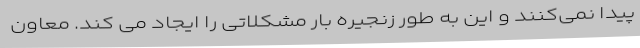
پیدا نمی‌کنند و این به طور زنجیره بار مشکلاتی را ایجاد می کند. معاون